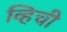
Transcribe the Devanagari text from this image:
व्हिची